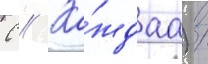
С // Ка́ждаа) /